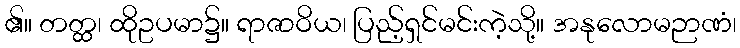
၏။ တတ္ထ၊ ထိုဥပမာ၌။ ရာဇာဝိယ၊ ပြည့်ရှင်မင်းကဲ့သို့။ အနုလောမဉာဏံ၊